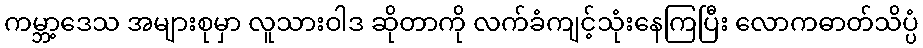
ကမ္ဘာ့ဒေသ အများစုမှာ လူသားဝါဒ ဆိုတာကို လက်ခံကျင့်သုံးနေကြပြီး လောကဓာတ်သိပ္ပံ